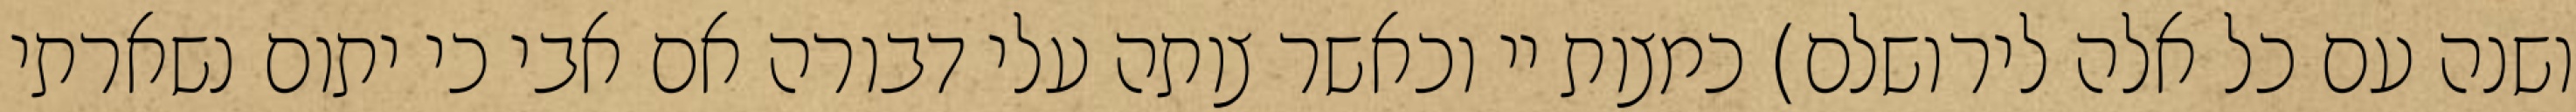
ושנה עם כל אלה לירושלם) כמצות יי וכאשר צותה עלי דבורה אם אבי כי יתום נשארתי